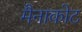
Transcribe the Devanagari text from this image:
मैनाकोट